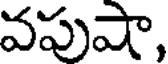
వపుషా,